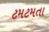
ટમટમતા